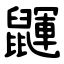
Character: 鼲